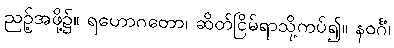
ညဉ့်အဖို့၌။ ရဟောဂတော၊ ဆိတ်ငြိမ်ရာသို့ကပ်၍။ နဝင်္ဂံ၊